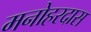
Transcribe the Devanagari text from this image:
मनोहरदास